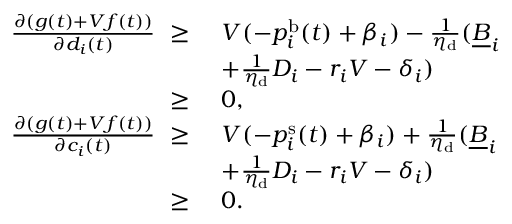
\begin{array} { r l } { \frac { \partial ( g ( t ) + V f ( t ) ) } { \partial d _ { i } ( t ) } ~ \ge ~ } & { V ( - p _ { i } ^ { \mathrm { b } } ( t ) + \beta _ { i } ) - \frac { 1 } { \eta _ { \mathrm { d } } } ( \underline { { B } } _ { i } } \\ & { + \frac { 1 } { \eta _ { \mathrm { d } } } D _ { i } - r _ { i } V - \delta _ { i } ) } \\ { \ge ~ } & { 0 , } \\ { \frac { \partial ( g ( t ) + V f ( t ) ) } { \partial c _ { i } ( t ) } ~ \ge ~ } & { V ( - p _ { i } ^ { \mathrm { s } } ( t ) + \beta _ { i } ) + \frac { 1 } { \eta _ { \mathrm { d } } } ( \underline { { B } } _ { i } } \\ & { + \frac { 1 } { \eta _ { \mathrm { d } } } D _ { i } - r _ { i } V - \delta _ { i } ) } \\ { \ge ~ } & { 0 . } \end{array}